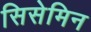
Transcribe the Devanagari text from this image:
सिसेमिन